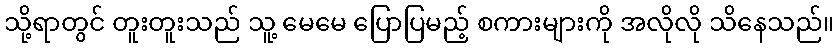
သို့ရာတွင် တူးတူးသည် သူ့ မေမေ ပြောပြမည့် စကားများကို အလိုလို သိနေသည်။